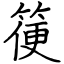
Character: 箯